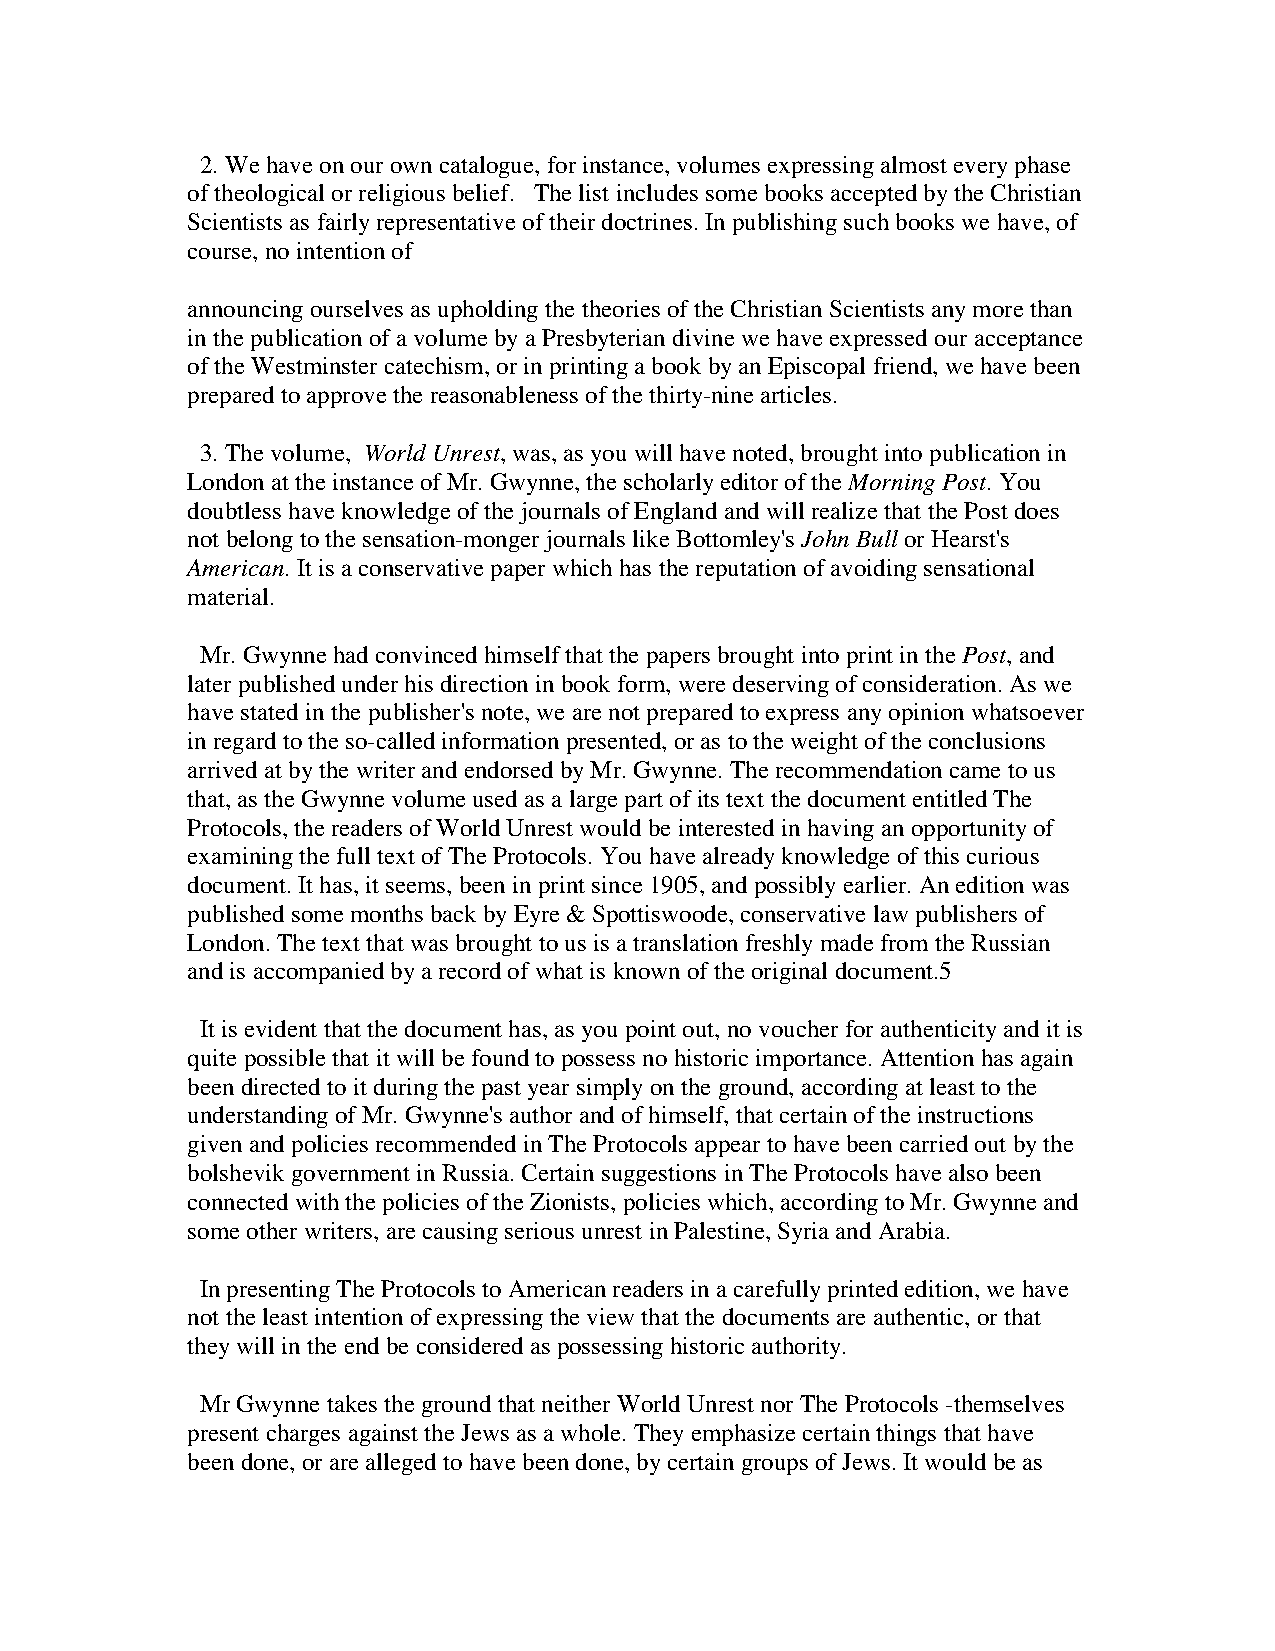
2. We have on our own catalogue, for instance, volumes expressing almost every phase
 of theological or religious belief. The list includes some books accepted by the Christian
 Scientists as fairly representative of their doctrines. In publishing such books we have, of
 course, no intention of
 announcing ourselves as upholding the theories of the Christian Scientists any more than
 in the publication of a volume by a Presbyterian divine we have expressed our acceptance
 of the Westminster catechism, or in printing a book by an Episcopal friend, we have been
 prepared to approve the reasonableness of the thirty-nine articles.
 3. The volume, World Unrest, was, as you will have noted, brought into publication in
 London at the instance of Mr. Gwynne, the scholarly editor of the Morning Post. You
 doubtless have knowledge of the journals of England and will realize that the Post does
 not belong to the sensation-monger journals like Bottomley's John Bull or Hearst's
 American. It is a conservative paper which has the reputation of avoiding sensational
 material.
 Mr. Gwynne had convinced himself that the papers brought into print in the Post, and
 later published under his direction in book form, were deserving of consideration. As we
 have stated in the publisher's note, we are not prepared to express any opinion whatsoever
 in regard to the so-called information presented, or as to the weight of the conclusions
 arrived at by the writer and endorsed by Mr. Gwynne. The recommendation came to us
 that, as the Gwynne volume used as a large part of its text the document entitled The
 Protocols, the readers of World Unrest would be interested in having an opportunity of
 examining the full text of The Protocols. You have already knowledge of this curious
 document. It has, it seems, been in print since 1905, and possibly earlier. An edition was
 published some months back by Eyre & Spottiswoode, conservative law publishers of
 London. The text that was brought to us is a translation freshly made from the Russian
 and is accompanied by a record of what is known of the original document.5
 It is evident that the document has, as you point out, no voucher for authenticity and it is
 quite possible that it will be found to possess no historic importance. Attention has again
 been directed to it during the past year simply on the ground, according at least to the
 understanding of Mr. Gwynne's author and of himself, that certain of the instructions
 given and policies recommended in The Protocols appear to have been carried out by the
 bolshevik government in Russia. Certain suggestions in The Protocols have also been
 connected with the policies of the Zionists, policies which, according to Mr. Gwynne and
 some other writers, are causing serious unrest in Palestine, Syria and Arabia.
 In presenting The Protocols to American readers in a carefully printed edition, we have
 not the least intention of expressing the view that the documents are authentic, or that
 they will in the end be considered as possessing historic authority.
 Mr Gwynne takes the ground that neither World Unrest nor The Protocols -themselves
 present charges against the Jews as a whole. They emphasize certain things that have
 been done, or are alleged to have been done, by certain groups of Jews. It would be as